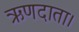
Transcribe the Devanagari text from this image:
ऋणदाता।